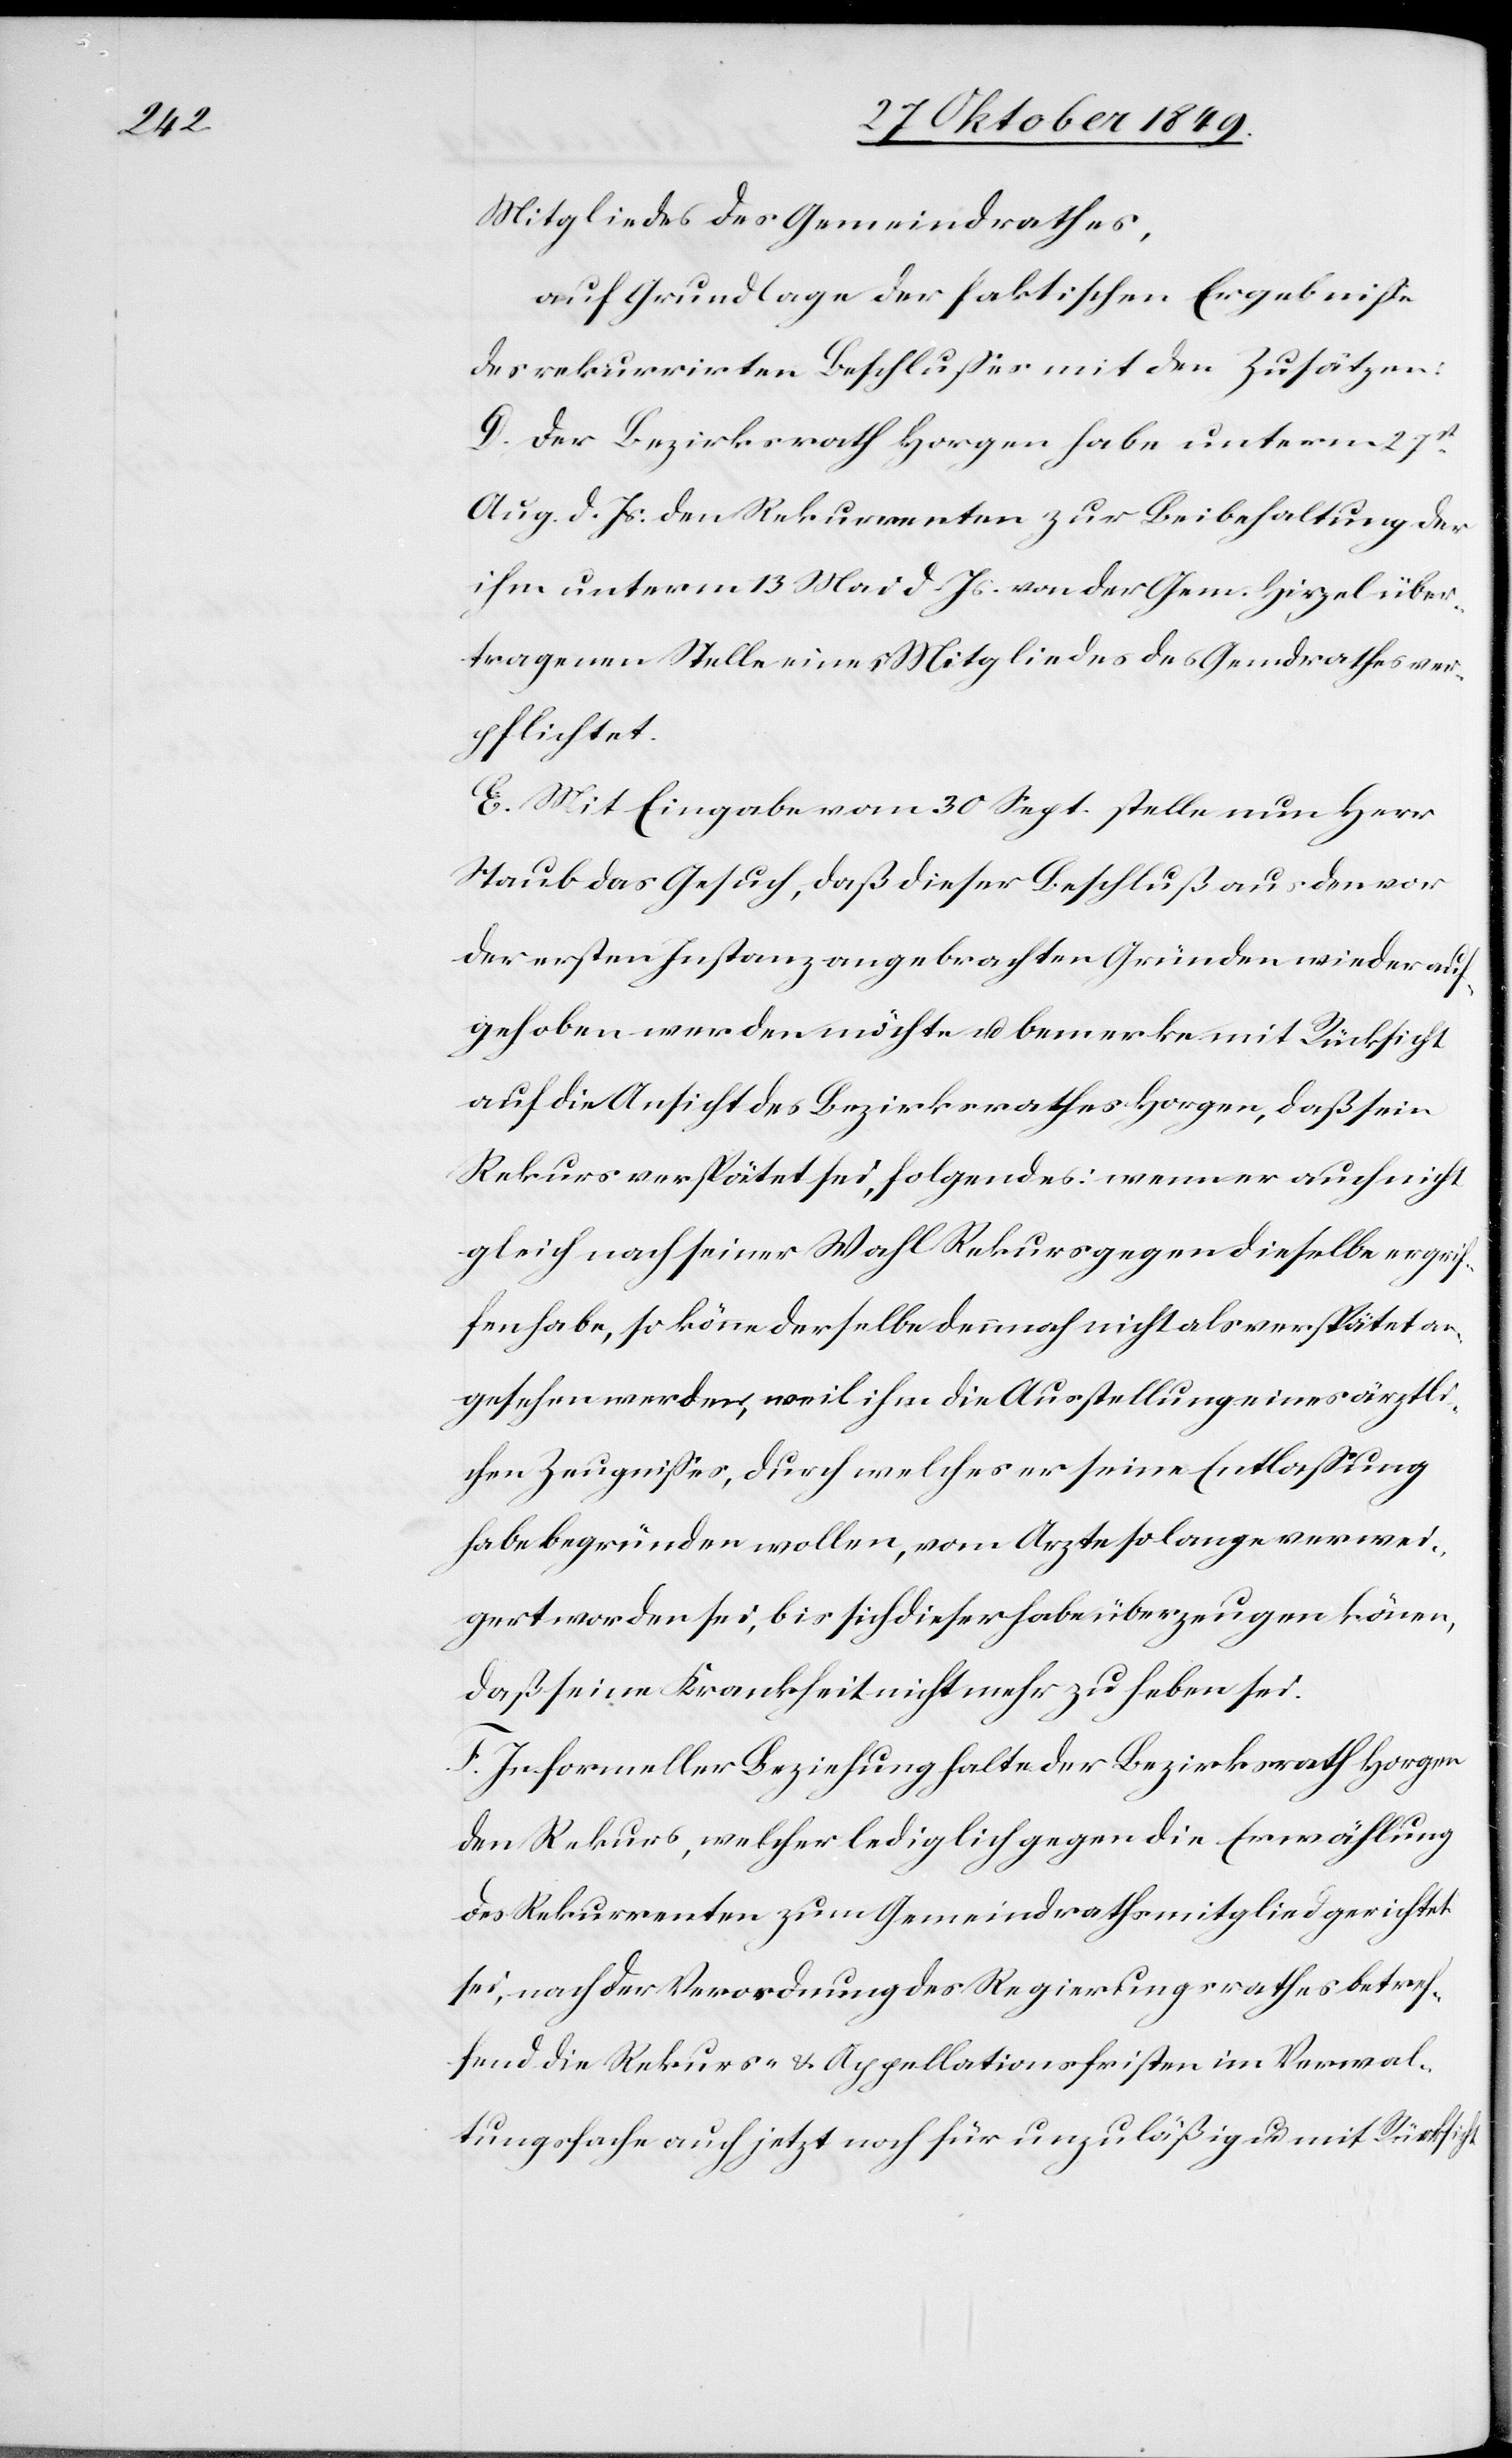
Mitgliedes des Gemeindrathes,
auf Grundlage der faktischen Ergebniße
des rekurrirten Beschlußes mit den Zusätzen:
D. Der Bezirksrath Horgen habe unterm 27st
Aug. d. Js. den Rekurrenten zur Beibehaltung der
ihm unterm 13 Mai d. Js. von der Gem. Hirzel über¬
tragenen Stelle eines Mitgliedes des Gemeindrathes ver¬
pflichtet.
E. Mit Eingabe vom 30 Sept. stelle nun Herr
Staub das Gesuch, daß dieser Beschluß aus den vor
der ersten Instanz angebrachten Gründen wieder auf¬
gehoben werden möchte u. bemerke mit Rücksicht
auf die Ansicht des Bezirksrathes Horgen, daß sein
Rekurs verspätet sei, folgendes: wenn er auch nicht
gleich nach seiner Wahl Rekurs gegen dieselbe ergrif¬
fen habe, so könne derselbe demnach nicht als verspätet an¬
gesehen werden, weil ihm die Ausstellung eines ärztli¬
chen Zeugnißes, durch welches er seine Entlaßung
habe begründen wollen, vom Arzte so lange verwei¬
gert worden sei, bis sich dieser habe überzeugen können,
daß seine Krankheit nicht mehr zu heben sei.
F. In formeller Beziehung halte der Bezirksrath Horgen
den Rekurs, welcher lediglich gegen die Erwählung
des Rekurrenten zum Gemeindrathsmitglied gerichtet
sei, nach der Verordnung des Regierungsrathes betref¬
fend den Rekurs- u. Appellationsfristen im Verwal¬
tungsfache auch jetzt noch für unzuläßig mit Rücksicht